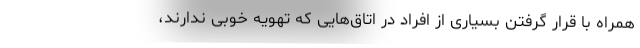
همراه با قرار گرفتن بسیاری از افراد در اتاق‌هایی که تهویه خوبی ندارند،